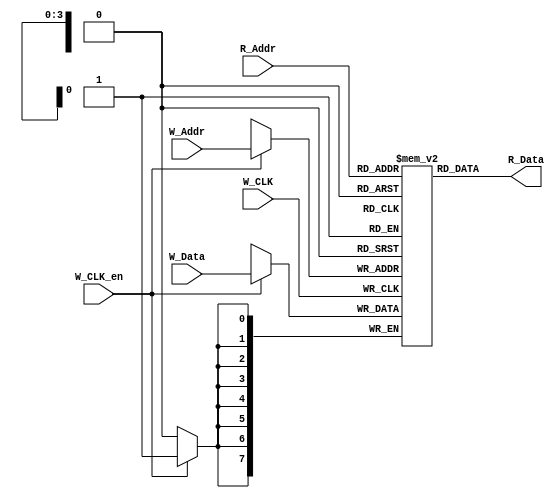
// This program was cloned from: https://github.com/MahmouodMagdi/Clock-Domain-Crossing-Synchronizers
// License: MIT License

module ASYNC_FIFO_RAM #(

	parameter ADDR_WIDTH = 4,						// Address Width
	parameter DATA_WIDTH = 8						// Data Width

)(

// INPUTs
	input  wire			 W_CLK,					// Write Side Clock
	input  wire 			 W_CLK_en,				// Write Enable 
	input  wire [DATA_WIDTH - 1 : 0] W_Data,				// Data to be written into the Memory
	input  wire [ADDR_WIDTH - 1 : 0] W_Addr,				// Write Pointer Address
	input  wire [ADDR_WIDTH - 1 : 0] R_Addr,				// Read Pointer Address
	
// Outputs
	output wire [DATA_WIDTH - 1 : 0] R_Data					// Data to be read form the Memory

);


// FIFO_DEPTH is multiple of power 2
	localparam FIFO_DEPTH = 1 << ADDR_WIDTH;
 
// Memory Packed Array  
	reg [DATA_WIDTH - 1 : 0] MEM [ 0 : FIFO_DEPTH - 1];			// 2-D Memory Width * Depth
	
	
// Writing Operation
	always @(posedge W_CLK)
	begin
	
		if(W_CLK_en)
			begin
				MEM[W_Addr] <= W_Data;
			end
	end
	
// Asynchronous Read
	assign R_Data = MEM[R_Addr]; 


endmodule